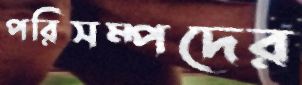
পরিসম্পদের